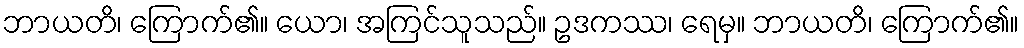
ဘာယတိ၊ ကြောက်၏။ ယော၊ အကြင်သူသည်။ ဥဒကဿ၊ ရေမှ။ ဘာယတိ၊ ကြောက်၏။